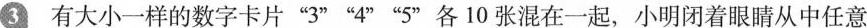
3有大小一样的数字卡片”3””4””5”各10张混在一起，小明闭着眼睛从中任意